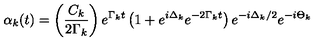
\alpha _ { k } ( t ) = \left( \frac { C _ { k } } { 2 \Gamma _ { k } } \right) e ^ { \Gamma _ { k } t } \left( 1 + e ^ { i \Delta _ { k } } e ^ { - 2 \Gamma _ { k } t } \right) e ^ { - i \Delta _ { k } / 2 } e ^ { - i \Theta _ { k } }